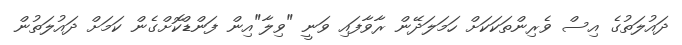
ދައުލަތުގެ އިސް ވެރިންތަކަކަށް ހަމަލަދޭން ރާވާފައި ވަނީ "ވިލާ"އިން ފަންޑްކޮށްގެން ކަމަށް ދައުލަތުން